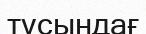
тұсындағ